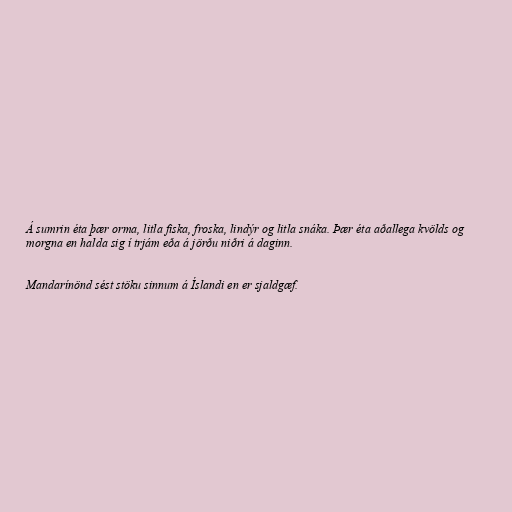
Á sumrin éta þær orma, litla fiska, froska, lindýr og litla snáka. Þær éta aðallega kvölds og
morgna en halda sig í trjám eða á jörðu niðri á daginn.

Mandarínönd sést stöku sinnum á Íslandi en er sjaldgæf.